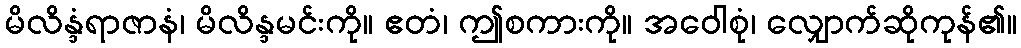
မိလိန္ဒံရာဇာနံ၊ မိလိန္ဒမင်းကို။ ဧတံ၊ ဤစကားကို။ အဝေါစုံ၊ လျှောက်ဆိုကုန်၏။